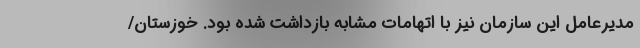
مدیرعامل این سازمان نیز با اتهامات مشابه بازداشت شده بود. خوزستان/